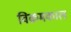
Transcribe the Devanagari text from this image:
विक्रमकाल